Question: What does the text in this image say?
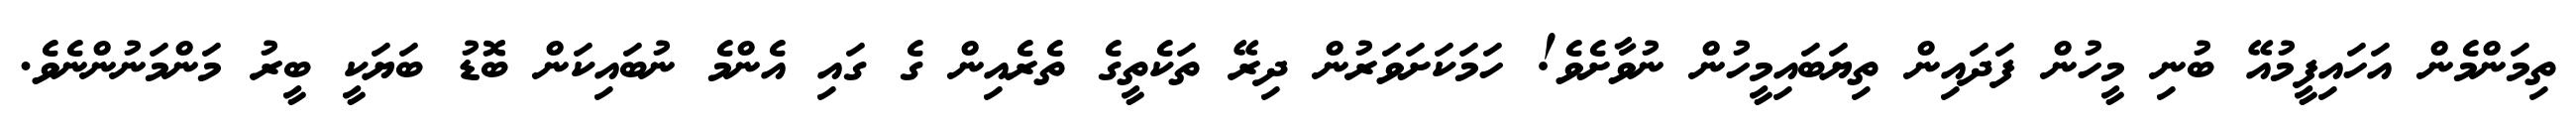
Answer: ތިމަންމެން އަހައިފީމުއޭ ބުނި މީހުން ފަދައިން ތިޔަބައިމީހުން ނުވާށެވެ! ހަމަކަށަވަރުން ދިރޭ ތަކެތީގެ ތެރެއިން ގެ ގައި އެންމެ ނުބައިކަން ބޮޑު ބަޔަކީ ބީރު މަންމަނުންނެވެ.